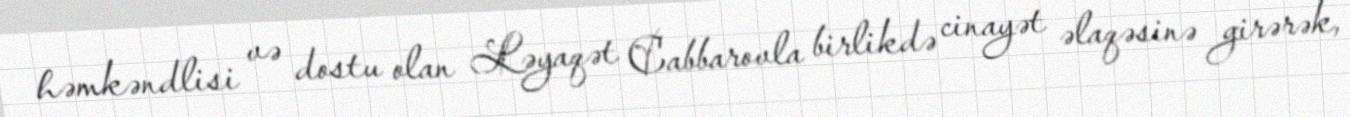
həmkəndlisi və dostu olan Ləyaqət Cabbarovla birlikdə cinayət əlaqəsinə girərək,